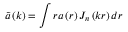
\widetilde { a } \left( k \right) = \int r a \left( r \right) J _ { n } \left( k r \right) d r